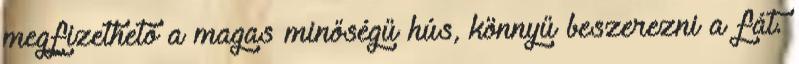
megfizethető a magas minőségű hús, könnyű beszerezni a fát.